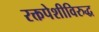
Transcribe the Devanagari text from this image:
रक्तपेशीविरुद्ध